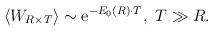
LaTeX: \begin{align*}\left<W_{R\times T}\right>\sim {\rm e}^{-E_0(R)\cdot T},~ T\gg R.\end{align*}